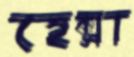
হেক্সা